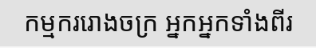
កម្មកររោងចក្រ អ្នកអ្នកទាំងពីរ